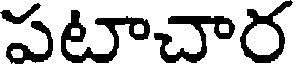
పటాచార